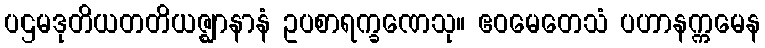
ပဌမဒုတိယတတိယဇ္ဈာနာနံ ဥပစာရက္ခဏေသု။ ဧဝမေတေသံ ပဟာနက္ကမေန